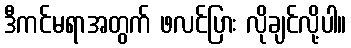
ဒီကင်မရာအတွက် ဖလင်ပြား လိုချင်လို့ပါ။